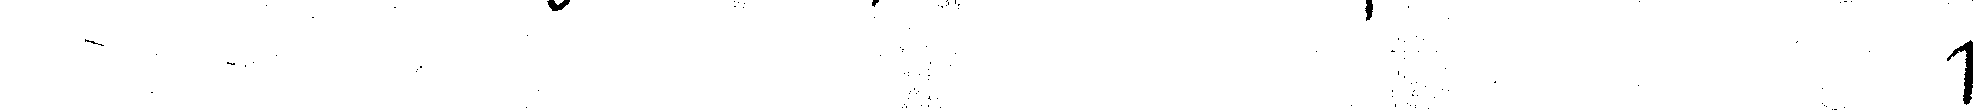
#